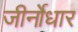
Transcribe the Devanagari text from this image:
जीर्नोधार